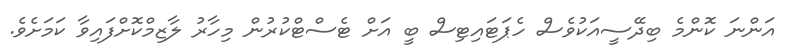
އަންނަ ކޮންމެ ބިދޭސީއަކުވެސް ހެޕަޓައިޓިސް ބީ އަށް ޓެސްޓްކުރުން މިހާރު ލާޒިމްކޮށްފައިވާ ކަމަށެވެ.